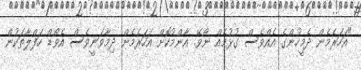
"އަހަރެމެން ދެމީހުންގެ އެއްވެސް ގުޅުމެއް ނޯވޭ. އާންމުކޮށް އަހަރެމެން ދިމާވަނީވެސް އެވޯޑް ހަފްލާތަކުން